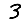
Digit: 3